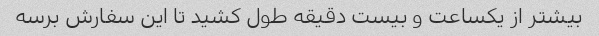
بیشتر از یکساعت و بیست دقیقه طول کشید تا این سفارش برسه